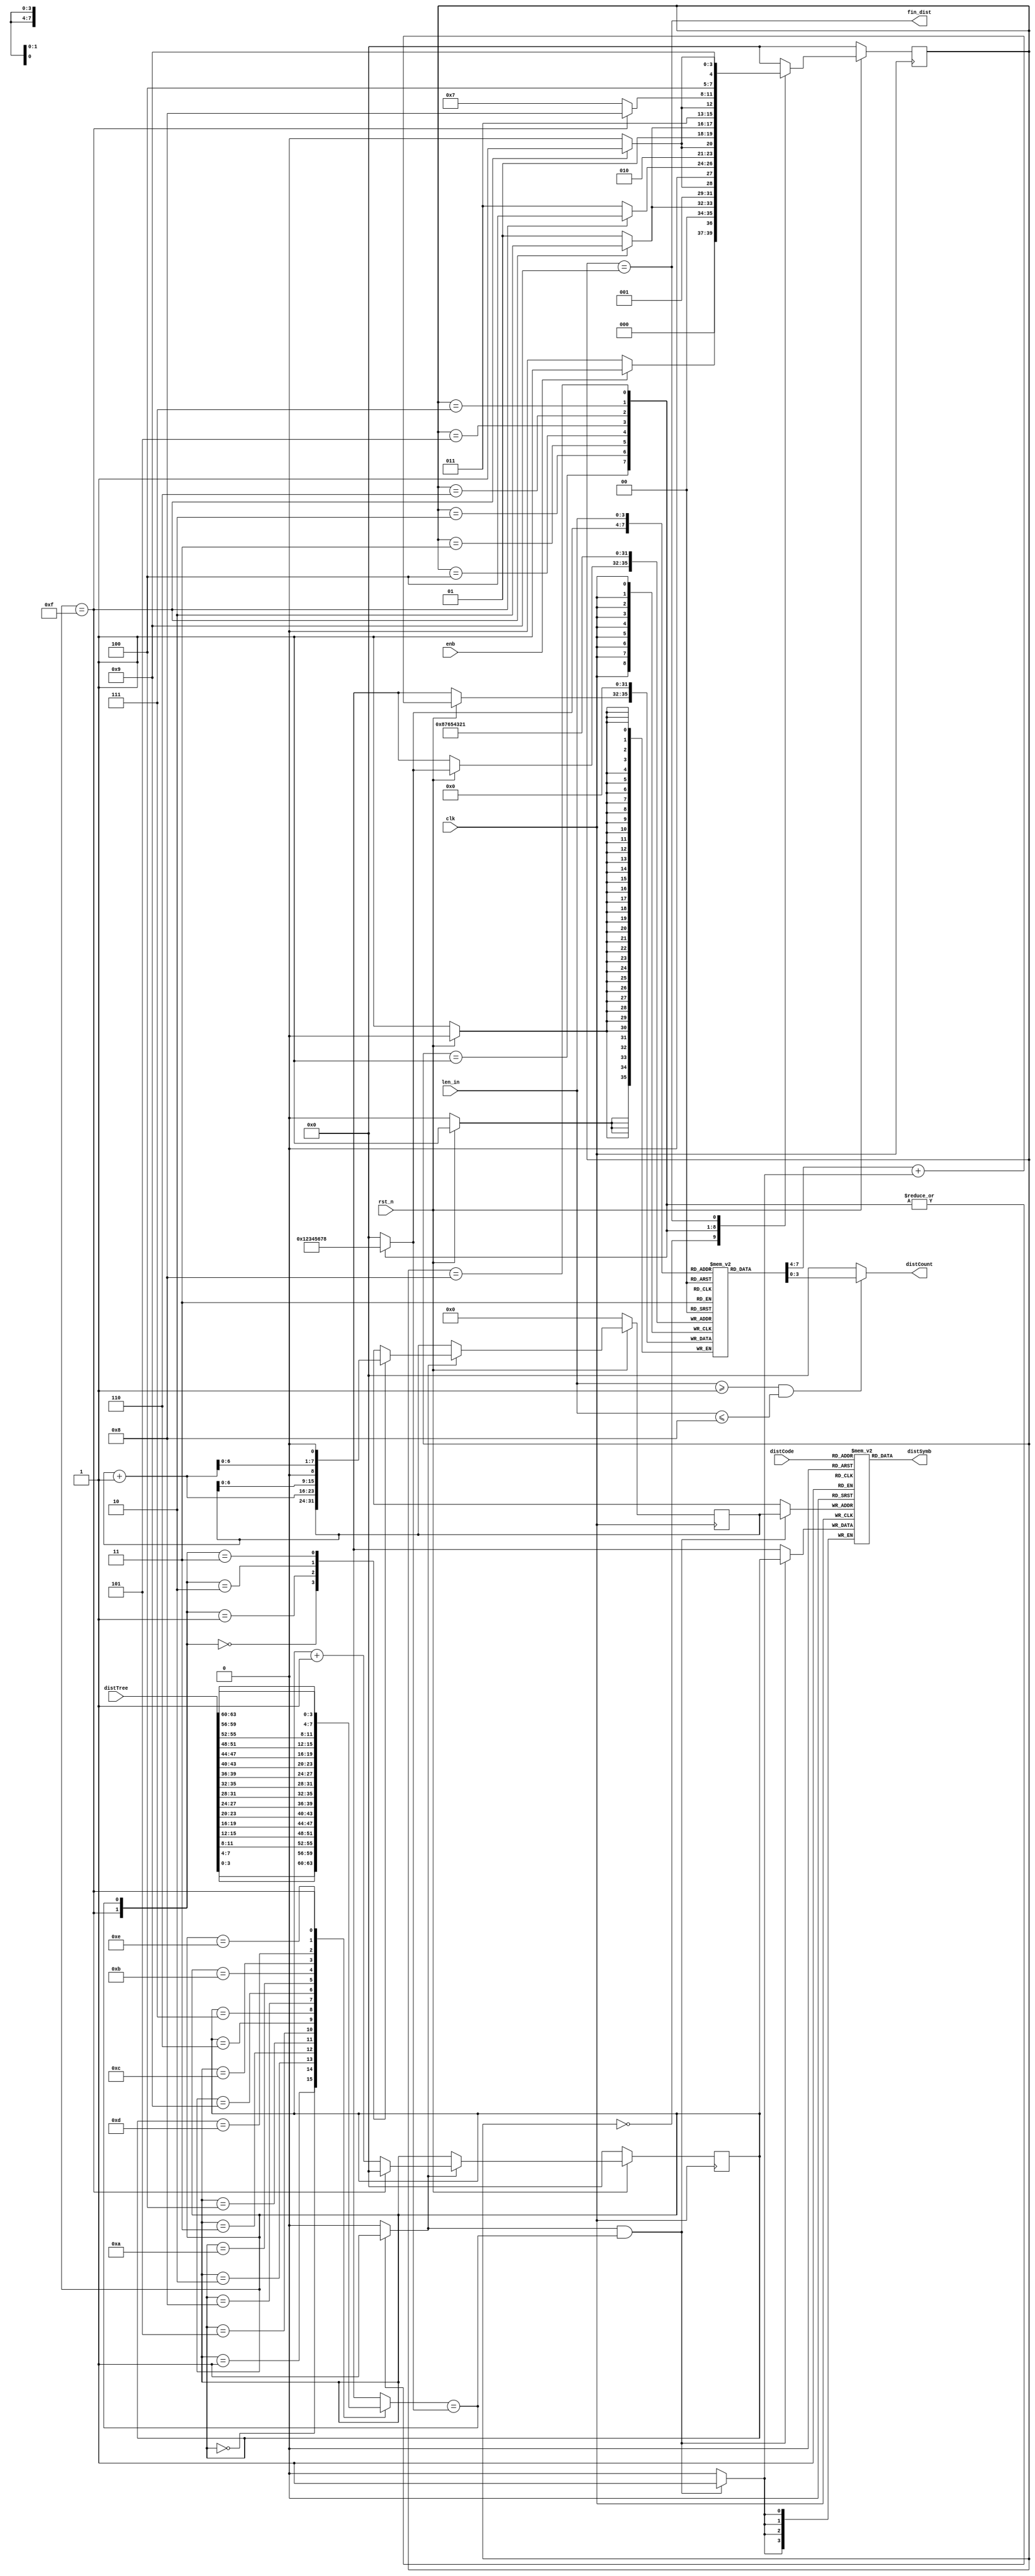
module CL_code_dist(input wire clk,rst_n,
                    input wire enb,
                    input wire[63:0] distTree,
                    input wire[7:0] distCode,
                    input wire[3:0] len_in,
                    output wire fin_dist,
                    output wire[3:0] distSymb,
                    output wire[3:0] distCount);

    parameter IDLE = 4'b0000;
    parameter Len1 = 4'b0001;
    parameter Len2 = 4'b0010;
    parameter Len3 = 4'b0011;
    parameter Len4 = 4'b0100;
    parameter Len5 = 4'b0101;
    parameter Len6 = 4'b0110;
    parameter Len7 = 4'b0111;
    parameter Len8 = 4'b1000;
    parameter Fin  = 4'b1001;
    reg[3:0] curr_state,next_state;

    reg[3:0] distCode_reg[255:0],distCode_count[8:1];
    reg[7:0] code,next_code;
    reg[3:0] len;
    reg[3:0] pos;
    reg pos_enb;

    wire[3:0] distTree_wap[15:0];
    wire match,pos_end;

    //FSM block

    always @(posedge clk) begin
        if(!rst_n)begin
            curr_state <= IDLE;
        end
        else begin
            curr_state <= next_state;
        end
    end

    always @(*) begin
        case(curr_state)
            IDLE:begin
                if(enb)begin
                    next_state = Len1;
                    len        = 4'd0;
                    pos_enb    = 1'b0;
                end
                else begin
                    next_state = IDLE;
                    len        = 4'd0;
                    pos_enb    = 1'b0;
                end
            end
            Len1:begin
                if(pos_end)begin
                    next_state = Len2;
                    len        = 4'd1;
                    pos_enb    = 1'b1;
                end
                else begin
                    next_state = Len1;
                    len        = 4'd1;
                    pos_enb    = 1'b1;
                end
            end
            Len2:begin
                if(pos_end)begin
                    next_state = Len3;
                    len        = 4'd2;
                    pos_enb    = 1'b1;
                end
                else begin
                    next_state = Len2;
                    len        = 4'd2;
                    pos_enb    = 1'b1;
                end
            end
            Len3:begin
                if(pos_end)begin
                    next_state = Len4;
                    len        = 4'd3;
                    pos_enb    = 1'b1;
                end
                else begin
                    next_state = Len3;
                    len        = 4'd3;
                    pos_enb    = 1'b1;
                end
            end
            Len4:begin
                if(pos_end)begin
                    next_state = Len5;
                    len        = 4'd4;
                    pos_enb    = 1'b1;
                end
                else begin
                    next_state = Len4;
                    len        = 4'd4;
                    pos_enb    = 1'b1;
                end
            end
            Len5:begin
                if(pos_end)begin
                    next_state = Len6;
                    len        = 4'd5;
                    pos_enb    = 1'b1;
                end
                else begin
                    next_state = Len5;
                    len        = 4'd5;
                    pos_enb    = 1'b1;
                end
            end
            Len6:begin
                if(pos_end)begin
                    next_state = Len7;
                    len        = 4'd6;
                    pos_enb    = 1'b1;
                end
                else begin
                    next_state = Len6;
                    len        = 4'd6;
                    pos_enb    = 1'b1;
                end
            end
            Len7:begin
                if(pos_end)begin
                    next_state = Len8;
                    len        = 4'd7;
                    pos_enb    = 1'b1;
                end
                else begin
                    next_state = Len7;
                    len        = 4'd7;
                    pos_enb    = 1'b1;
                end
            end
            Len8:begin
                if(pos_end)begin
                    next_state = Fin;
                    len        = 4'd8;
                    pos_enb    = 1'b1;
                end
                else begin
                    next_state = Len8;
                    len        = 4'd8;
                    pos_enb    = 1'b1;
                end
            end
            Fin:begin
                next_state = Fin;
                len        = 4'd0;
                pos_enb    = 1'b0;
            end
            default:begin
                next_state = IDLE;
                len        = 4'd0;
                pos_enb    = 1'b0;
            end
        endcase
    end
    
    //Other seq logic

    always @(posedge clk) begin
        if(!rst_n)begin
            pos <= 4'b0;
        end
        else if(pos_enb) begin
            if(pos_end) pos <= 4'b0;
            else pos <= pos + 1'b1;
        end
    end

    always @(posedge clk) begin
        if(pos_enb&match) distCode_reg[code] <= pos;
    end

    always @(posedge clk) begin
        if(!rst_n)begin
            distCode_count[1] <= 4'b0;
            distCode_count[2] <= 4'b0;
            distCode_count[3] <= 4'b0;
            distCode_count[4] <= 4'b0;
            distCode_count[5] <= 4'b0;
            distCode_count[6] <= 4'b0;
            distCode_count[7] <= 4'b0;
            distCode_count[8] <= 4'b0;
        end
        else begin
            distCode_count[len] <= distCode_count[len] + ((pos_enb&match)?1'b1:1'b0);
        end
    end

    always @(posedge clk) begin
        if(!rst_n)begin
            code <= 8'b0;
        end
        else if(pos_enb)begin
            code <= next_code;
        end
    end

    //Other comb logic

    always @(*) begin
        case({pos_end,match})
            2'b00: next_code = code;
            2'b01: next_code = code + 1'b1;
            2'b10: next_code = code << 1;
            2'b11: next_code = (code + 1'b1) << 1;
            default: next_code = code;
        endcase
    end


    assign distSymb = distCode_reg[distCode];
    assign fin_dist = curr_state == Fin;
    assign distCount = ((len_in>=4'd1)&(len_in<=4'd8))?distCode_count[len_in]:4'b0;

    assign match = distTree_wap[pos] == len;
    assign pos_end = pos == 4'd15;

    assign {distTree_wap[15],distTree_wap[14],distTree_wap[13],distTree_wap[12],
            distTree_wap[11],distTree_wap[10],distTree_wap[9], distTree_wap[8],
            distTree_wap[7], distTree_wap[6], distTree_wap[5], distTree_wap[4],
            distTree_wap[3], distTree_wap[2], distTree_wap[1], distTree_wap[0]} = distTree;

endmodule